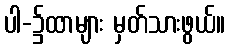
ပါ-၌ထာများ မှတ်သားဖွယ်။